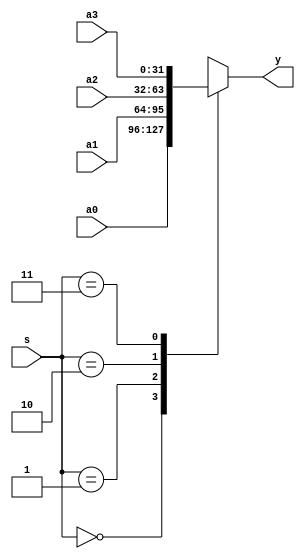
/************************************************
  The Verilog HDL code example is from the book
  Computer Principles and Design in Verilog HDL
  by Yamin Li, published by A JOHN WILEY & SONS
************************************************/
module mux4x32 (a0,a1,a2,a3,s,y); // 4-to-1 multiplexer, 32-bit
    input  [31:0] a0, a1, a2, a3; // inputs, 32 bits
    input   [1:0] s;              // input,   2 bits
    output [31:0] y;              // output, 32 bits
    function  [31:0] select;      // function name (= return value, 32 bits)
        input [31:0] a0,a1,a2,a3; // notice the order of the input arguments
        input  [1:0] s;           // notice the order of the input arguments
        case (s)                  // cases:
            2'b00: select = a0;   // if (s==0) return value = a0
            2'b01: select = a1;   // if (s==1) return value = a1
            2'b10: select = a2;   // if (s==2) return value = a2
            2'b11: select = a3;   // if (s==3) return value = a3
        endcase
    endfunction
    assign y = select(a0,a1,a2,a3,s);   // call the function with parameters
endmodule